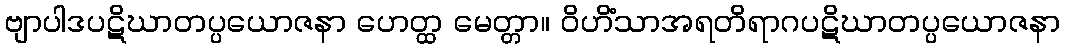
ဗျာပါဒပဋိဃာတပ္ပယောဇနာ ဟေတ္ထ မေတ္တာ။ ဝိဟိံသာအရတိရာဂပဋိဃာတပ္ပယောဇနာ